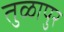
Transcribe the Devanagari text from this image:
तुळापुर